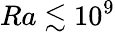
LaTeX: Ra\lesssim 10^{9}